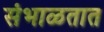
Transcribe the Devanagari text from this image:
संभाळतात